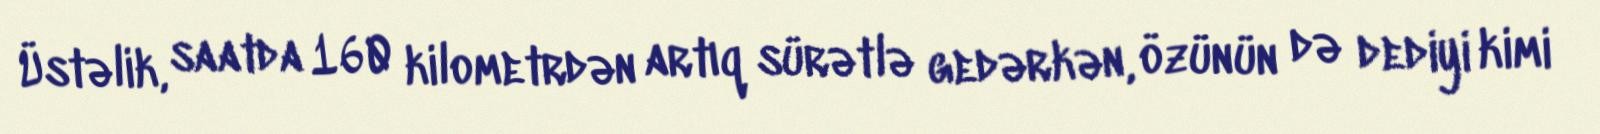
Üstəlik, saatda 160 kilometrdən artıq sürətlə gedərkən, özünün də dediyi kimi